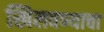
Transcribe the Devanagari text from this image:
खिलवण्याचा